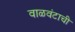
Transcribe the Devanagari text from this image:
वाळवंटाची